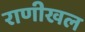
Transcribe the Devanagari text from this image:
राणीखल